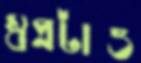
স্বপ্নটাও